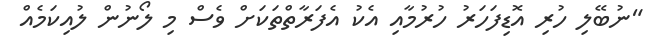
"ނުބޭލި ހުރި އޮޑިފަހަރު ހުރުމާއި އެކު އެފަރާތްތަކަށް ވެސް މި ލޯނުން ލުއިކަމެއް